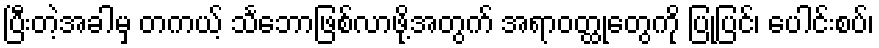
ပြီးတဲ့အခါမှ တကယ့် သင်္ဘောဖြစ်လာဖို့အတွက် အရာဝတ္ထုတွေကို ပြုပြင်၊ ပေါင်းစပ်၊